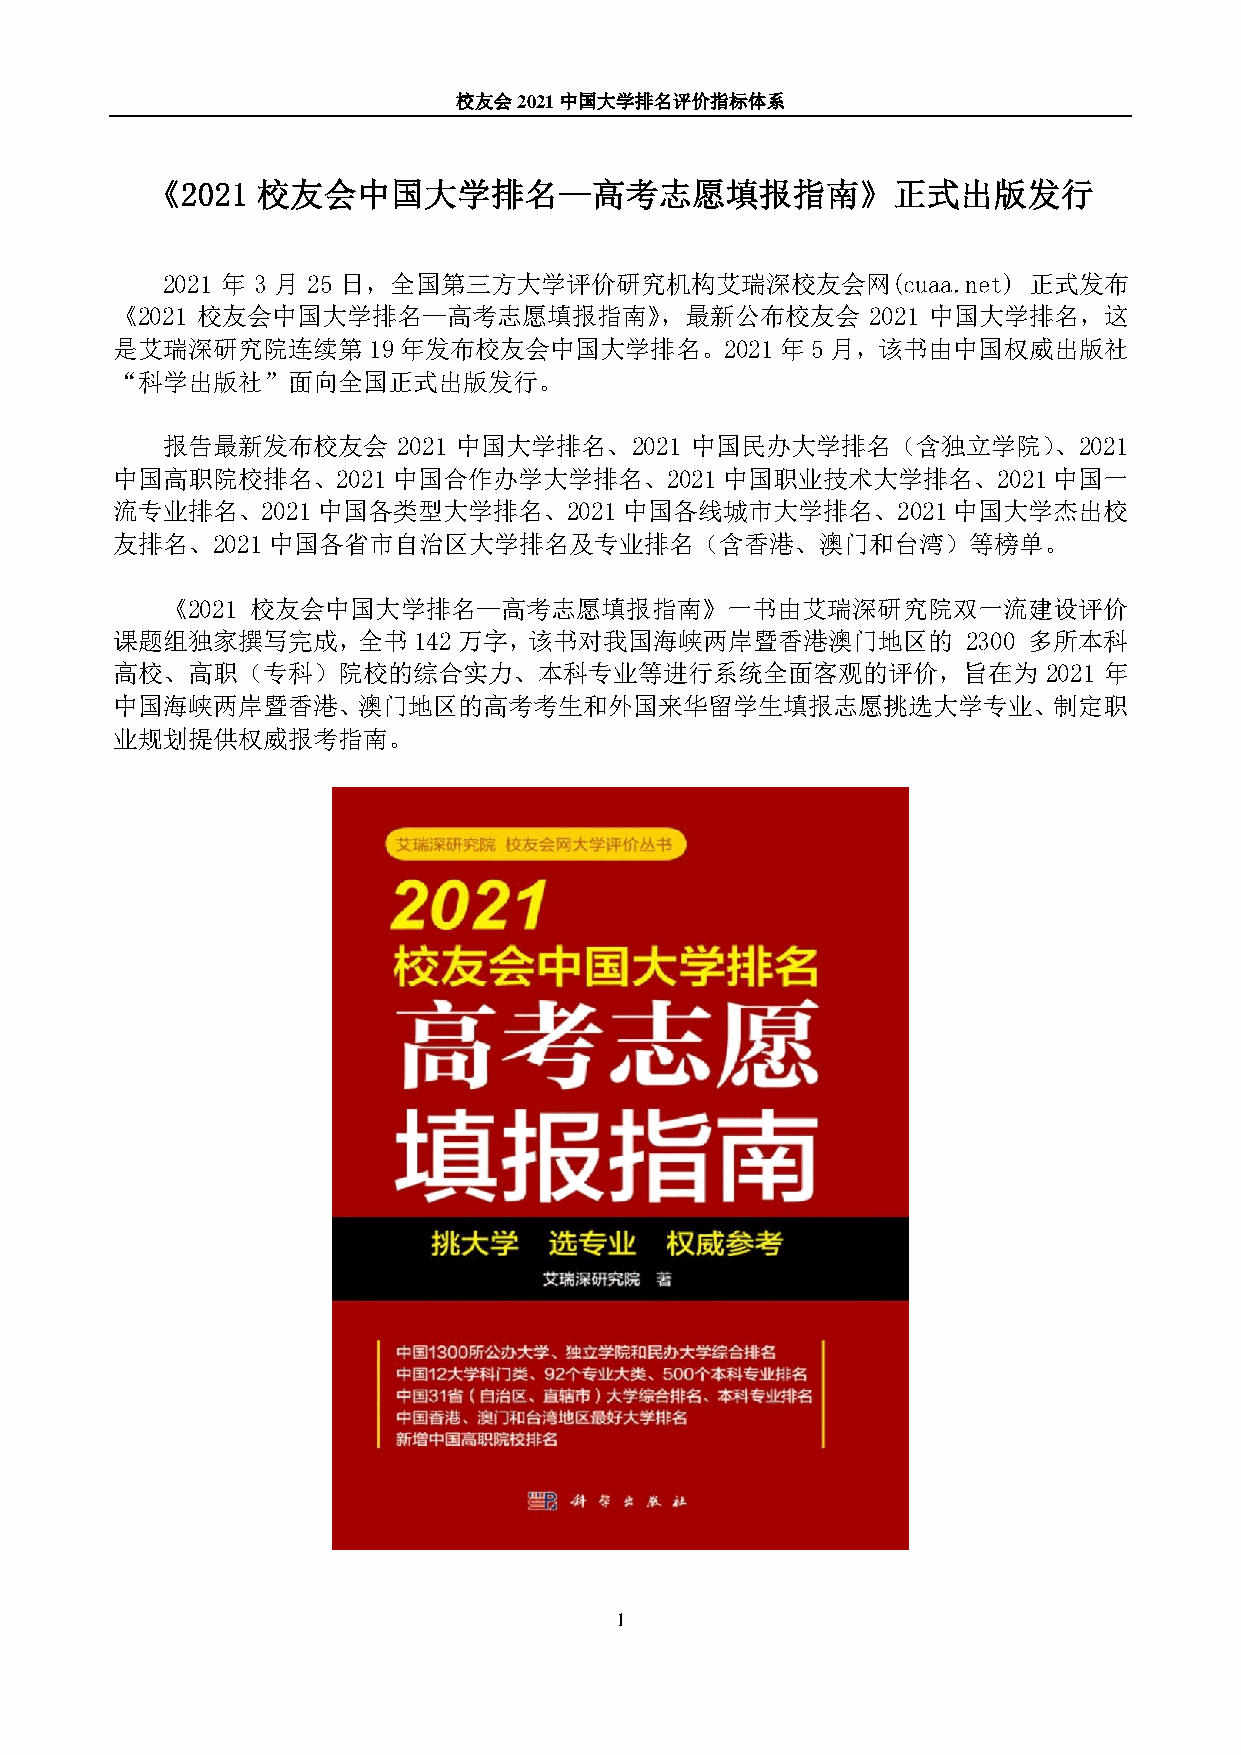
校友会2021中国大学排名评价指标体系
 《2021  校友会中国大学排名—高考志愿填报指南》正式出版发行
 2021 年 3 月 25 日，全国第三方大学评价研究机构艾瑞深校友会网(cuaa.net)           正式发布
 《2021 校友会中国大学排名—高考志愿填报指南》，最新公布校友会                  2021 中国大学排名，这
 是艾瑞深研究院连续第       19年发布校友会中国大学排名。2021年5月，该书由中国权威出版社
 “科学出版社”面向全国正式出版发行。
 报告最新发布校友会      2021 中国大学排名、2021    中国民办大学排名（含独立学院）、2021
 中国高职院校排名、2021      中国合作办学大学排名、2021中国职业技术大学排名、2021中国一
 流专业排名、2021中国各类型大学排名、2021中国各线城市大学排名、2021中国大学杰出校
 友排名、2021   中国各省市自治区大学排名及专业排名（含香港、澳门和台湾）等榜单。
 《2021 校友会中国大学排名—高考志愿填报指南》一书由艾瑞深研究院双一流建设评价
 课题组独家撰写完成，全书        142万字，该书对我国海峡两岸暨香港澳门地区的              2300 多所本科
 高校、高职（专科）院校的综合实力、本科专业等进行系统全面客观的评价，旨在为                         2021 年
 中国海峡两岸暨香港、澳门地区的高考考生和外国来华留学生填报志愿挑选大学专业、制定职
 业规划提供权威报考指南。
 1